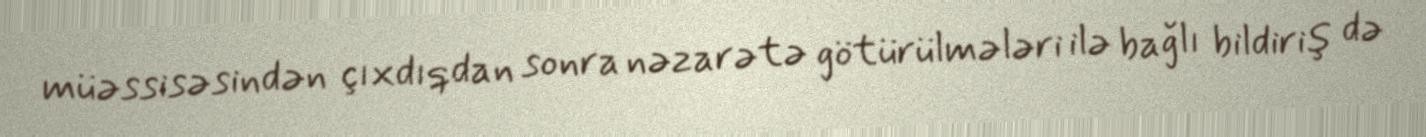
müəssisəsindən çıxdıqdan sonra nəzarətə götürülmələri ilə bağlı bildiriş də